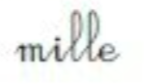
mille